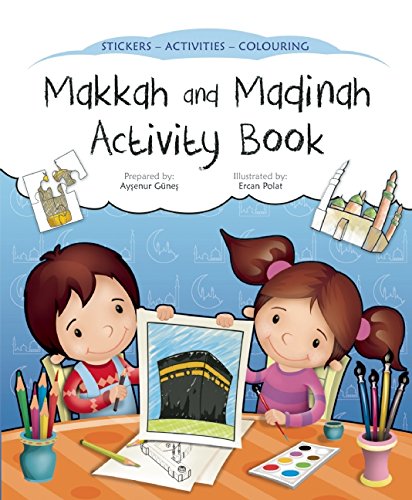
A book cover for Makkah and Madinah Activity Book (Discover Islam Sticker Activity Books); Aysenur Gunes; Children's Books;